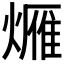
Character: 𤏚